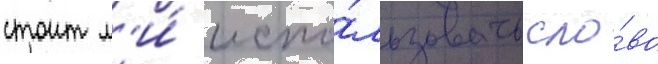
стоит л'и́ испо́льзовать сло́во